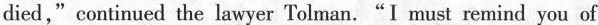
died,"continued the lawyer Tolman."I must remind you of